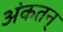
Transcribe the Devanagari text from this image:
अंकतन्